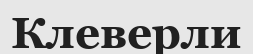
Клеверли